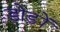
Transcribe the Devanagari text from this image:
डोड़ों